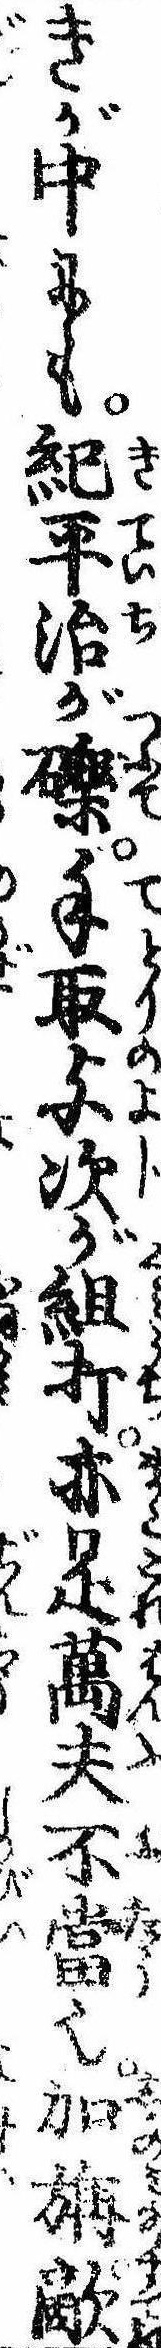
きが中にも紀平治が礫手取与次が組打亦是万夫不当也加旃敵